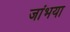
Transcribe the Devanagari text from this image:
जांभया